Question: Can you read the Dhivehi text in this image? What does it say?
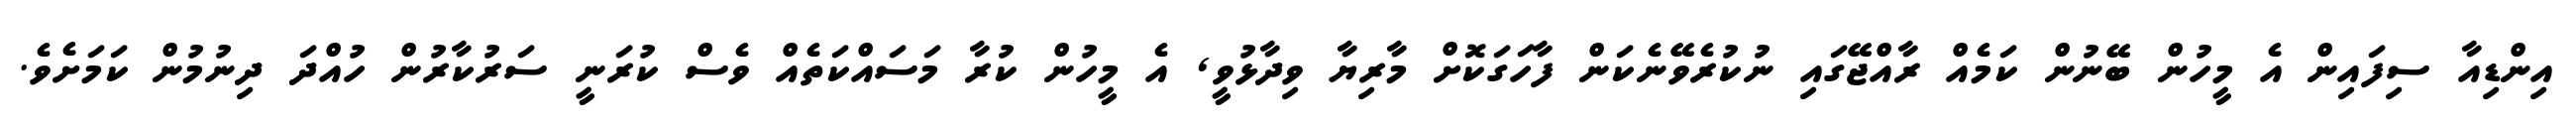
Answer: އިންޑިއާ ސިފައިން އެ މީހުން ބޭނުން ކަމެއް ރާއްޖޭގައި ނުކުރެވޭނެކަން ފާހަގަކޮށް މާރިޔާ ވިދާޅުވީ, އެ މީހުން ކުރާ މަސައްކަތެއް ވެސް ކުރަނީ ސަރުކާރުން ހުއްދަ ދިނުމުން ކަމަށެވެ.